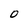
Character: O